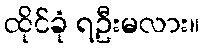
ထိုင်ခုံ ရဦးမလား။